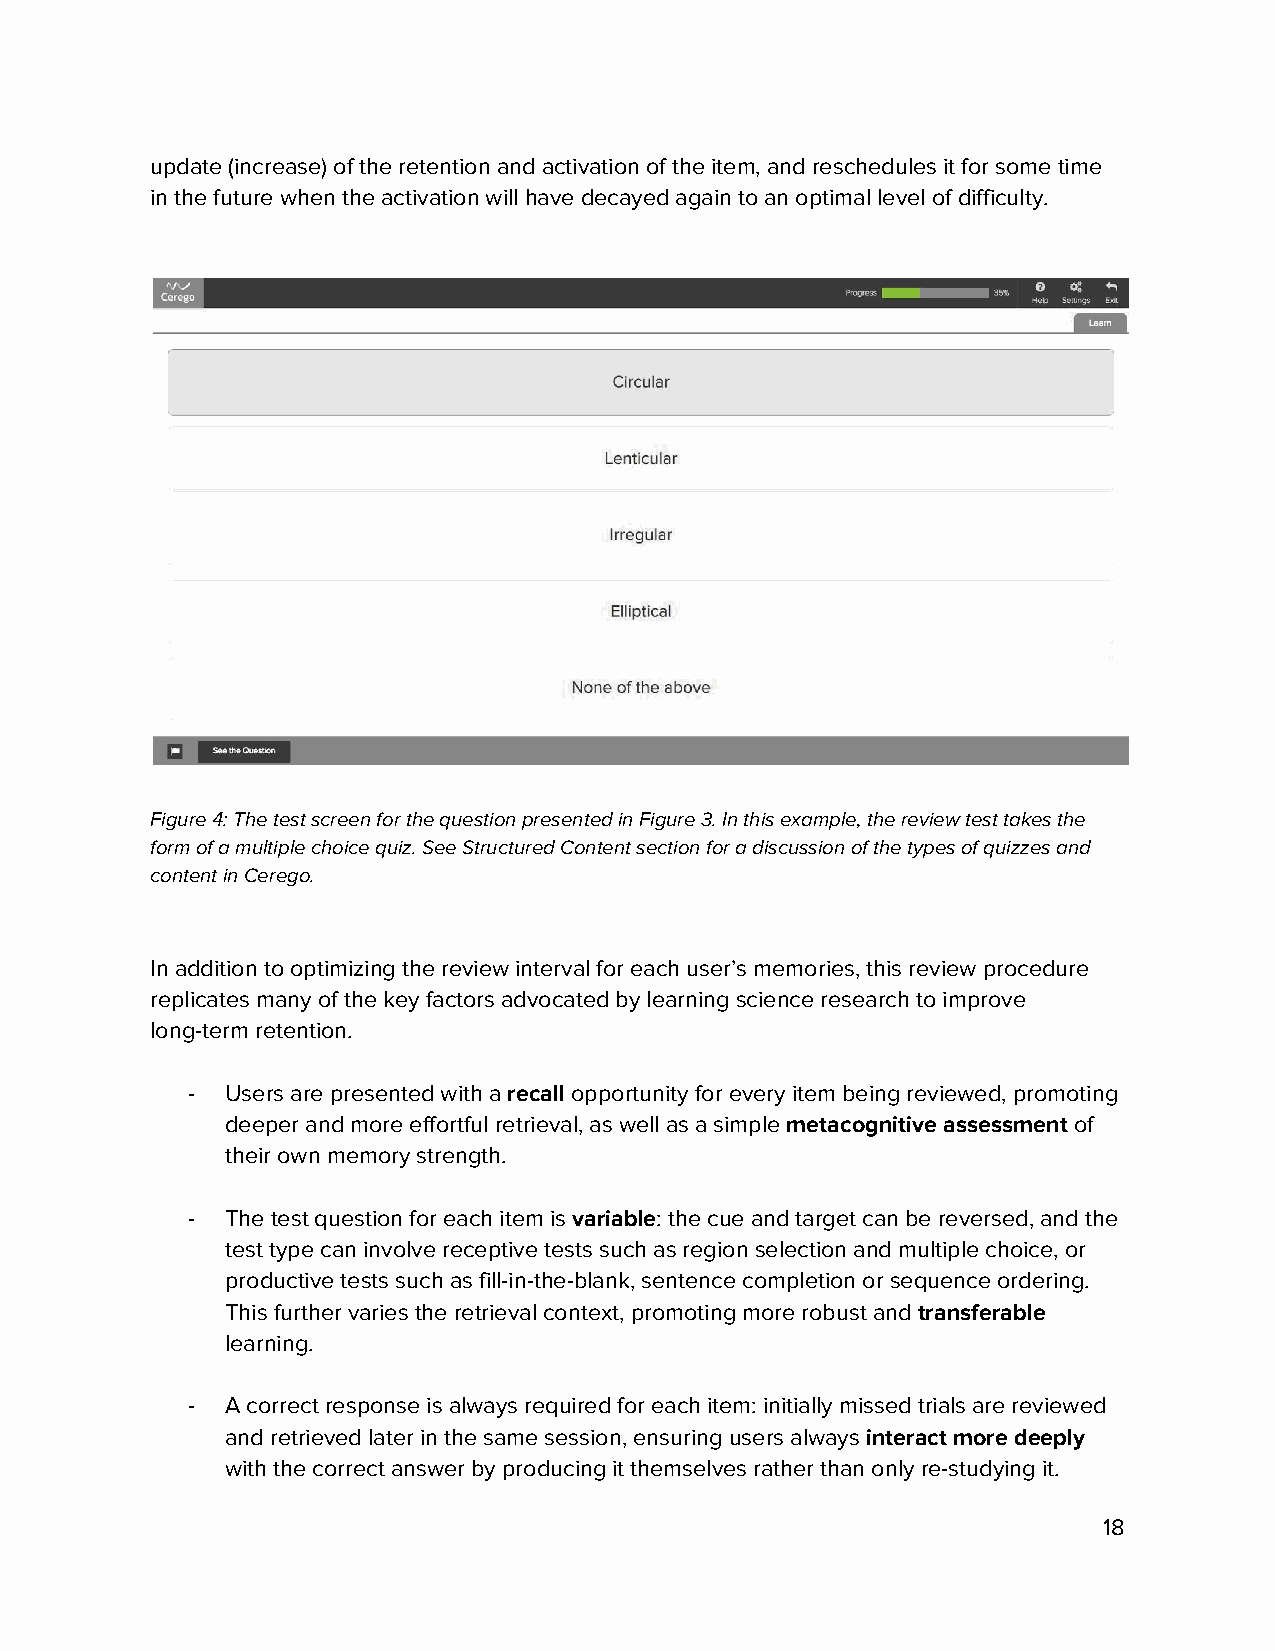
update (increase) of the retention and activation of the item, and reschedules it for some time
 in the future when the activation will have decayed again to an optimal level of difficulty.
 Figure 4: The test screen for the question presented in Figure 3. In this example, the review test takes the
 form of a multiple choice quiz. See Structured Content section for a discussion of the types of quizzes and
 content in Cerego.
 In addition to optimizing the review interval for each user’s memories, this review procedure
 replicates many of the key factors advocated by learning science research to improve
 long-term retention.
 -  Users are presented with a recall opportunity for every item being reviewed, promoting
 ​  ​
 deeper and more effortful retrieval, as well as a simple metacognitive assessment of
 ​                  ​
 their own memory strength.
 -  The test question for each item is variable: the cue and target can be reversed, and the
 ​    ​
 test type can involve receptive tests such as region selection and multiple choice, or
 productive tests such as fill-in-the-blank, sentence completion or sequence ordering.
 This further varies the retrieval context, promoting more robust and transferable
 ​
 learning.
 -  A correct response is always required for each item: initially missed trials are reviewed
 and retrieved later in the same session, ensuring users always interact more deeply
 ​
 with the correct answer by producing it themselves rather than only re-studying it.
 18